Lunatic asylums Madras 1892-1911 - 1892-1911
Year: 1892
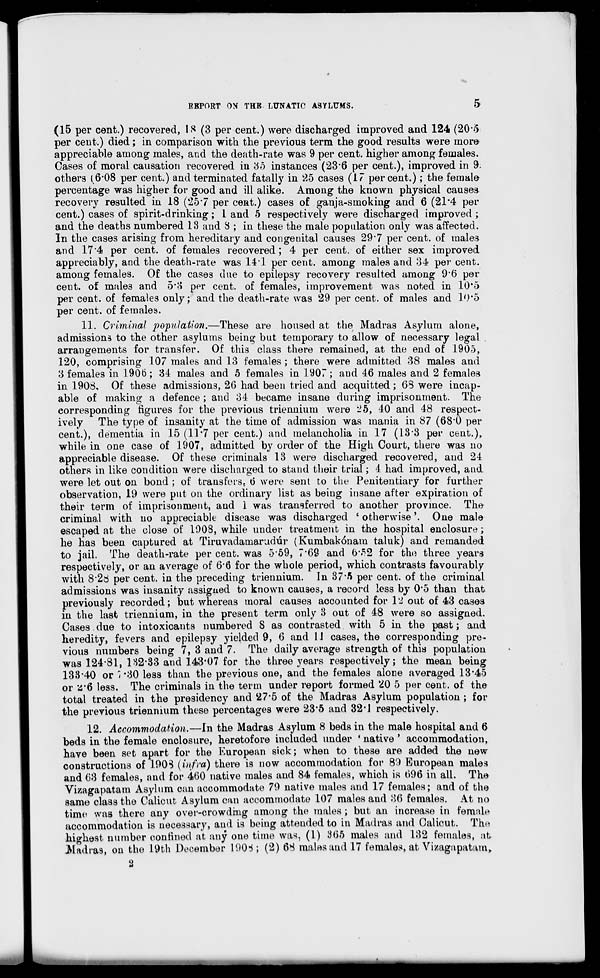
REPORT ON THE. LUNATIC ASYLUMS.
5
(15 per cent.) recovered, IS (3 per cent.) were discharged improved and 124 (20'5
per cent.) died; in comparison with the previous term the good results were more
appreciable among males, and the death-rate was 9 per cent, higher among females.
Cases of moral causation recovered in 35 instances (236 per cent.), improved in 9.
others (6*08 per cent.) and terminated fatally in 25 cases (IT percent.) ; the female
percentage was higher for good and ill alike. Among the known physical causes
recovery resulted in 18 ('257 per cent.) cases of ganja-smoking and 6 (21*4 per
cent.) cases of spirit-drinking; L and 5 respectively were discharged improved ;
and the deaths numbered 13 and 8 ; in these the male population only was affected.
In the cases arising from hereditary and congenital causes 29*7 per cent, of males
and 17'4 per cent, of females recovered; 4 per cent, of either sex improved
appreciably, and the death-rate was 14*1 per cent, among males and 34 per cent,
among females. Of the cases due to epilepsy recovery resulted among 9*6 per
cent, of males and 5'3 per cent, of females, improvement was noted in 10*5
per cent, of females only; and the death-rate was 29 per cent, of males and 10*5
per cent, of females.
11. Criminal population.—These are housed at the Madras Asylum alone,
admissions to the other asylums being but temporary to allow of necessary legal
arrangements for transfer. Of this class there remained, at the end of 1905,
120, comprising 107 males and 13 females ; there were admitted 38 males and
3 females in 1906; 34 males and 5 females in 1907; and 46 males and 2 females
in 1908, Of these admissions, 26 had been tried and acquitted ; 63 were incap-
able of making a defence ; and 34 became insane during imprisonment. The
corresponding figures for the previous triennium were "25, 40 and 48 respect-
ively The type of insanity at the time of admission was mania in 87 (68*0 per
cent.), dementia in 15 (11'7 per cent.) and melancholia in 17 (133 per cent.),
while in one case of 1907, admitted by order of the High Court, there was no
appreciable disease. Of these criminals 13 were discharged recovered, and 24
others in like condition were discharged to stand their trial; 4 had improved, and
were let out on bond ; of transfers, 6 were sent to the Penitentiary for further
observation, 19 were put on the ordinary list as being insane after expiration of
their term of imprisonment, and 1 was transferred to another province. Tha
criminal with no appreciable disease was discharged ' otherwise'. One male
escaped at the close of 1908, while under treatment in the hospital enclosure;
he has been captured at Tiruvadamarudiir (Kumbakonam taluk) and remanded
to jail. The death-rate per cent, was 5*59, 7*69 and 6*82 for the three years
respectively, or an average of 6'6 for the whole period, which contrasts favourably
with 8"2rf per cent, in the preceding triennium. In 37-5 per cent, of the criminal
admissions was insanity assigned to known causes, a record less by 0*5 than that
previously recorded; but whereas moral causes accounted for 12 out of 43 cases
in the last triennium, in the present term only 3 out of 48 were so assigned.
Cases due to intoxicants numbered S as contrasted with 5 in the past; and
heredity, fevers and epilepsy yielded 9, 6 and 11 cases, the corresponding pre-
vious numbers being 7, 3 and 7. The daily average strength of this population
was 124-81, 132-33 and 143*07 for the three years respectively; the mean being
13340 or ~i *30 less than the previous one, and the females alone averaged 13*45
or <5'6 less. The criminals in the term under report formed 20 5 per cent, of the
total treated in the presidency and 27'5 of the Madras Asylum population ; for
the previous triennium these percentages were 23*5 and 32*1 respectively.
12. Accommodation.—fn the Madras Asylum 8 beds in the male hospital and 6
beds in the female enclosure, heretofore included under • native ' accommodation,
have been set apart for the European sick; when to these are added the new
constructions of 1903 (infra) there is now accommodation for 89 European males
and 63 females, and for 460 native males and 84 females, which is 696 in all. The
Vizagapatam Asylum can accommodate 79 native males and 17 females; and of the
same class the Calicut Asylum can accommodate 107 males and 86 females. At no
time was there any over-crowding among the males ; but an increase in female
accommodation is necessary, and is being attended to in Madras and Calicut. The
highest number contined at any one time was, (1) 365 males and 132 females, at
Madras, on the 19th December 1D0S; (2) 68 males and 17 females, at Vizagapatam,.
2